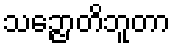
သဉ္ဇောတိဘူတာ